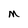
Character: M